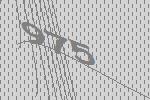
975